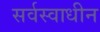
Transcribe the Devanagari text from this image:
सर्वस्वाधीन